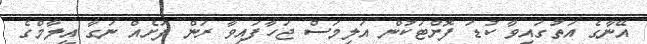
އޭނާގެ އަތުގައިވާ ކުޑަ ފޮށްޓަކުން އަލިމަސް ޖަހާފައިވާ ރަން ފަށެއް ނަގާ އީލާމްގެ